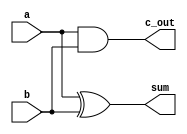
module half_adder(a, b, sum, c_out);
	input a, b;
	output sum, c_out;
	wire w1, w2, w3, w4, w5;
	
	xor G1(sum, a, b);
	and G2(c_out, a, b);
endmodule